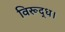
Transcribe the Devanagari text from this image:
विरूद्ध।